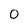
Character: 0